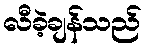
လီခဲ့ချန်သည်